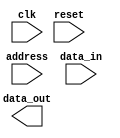
module DDR_SDRAM (
    input wire clk,
    input wire reset,
    input wire [31:0] address,
    input wire [31:0] data_in,
    output wire [31:0] data_out
);

// Module implementation code goes here

endmodule